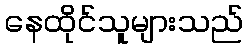
နေထိုင်သူများသည်